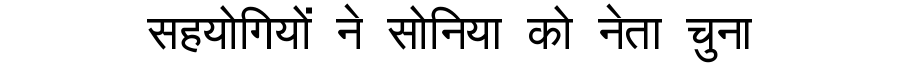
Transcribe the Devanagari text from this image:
सहयोगियों ने सोनिया को नेता चुना